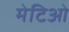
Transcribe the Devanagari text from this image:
मेटिओ